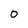
Character: O